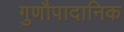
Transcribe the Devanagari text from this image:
गुणौपादानिक